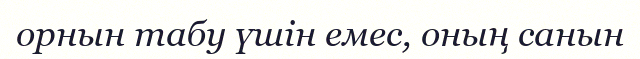
орнын табу үшін емес, оның санын